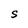
Character: S